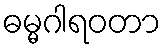
ဓမ္မဂါရဝတာ